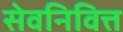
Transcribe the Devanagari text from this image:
सेवनिवित्त